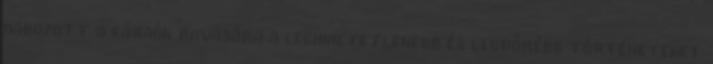
habozott a fáraók rovására a leghihetetlenebb és legdőrébb történeteket